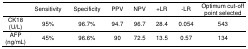
<table><thead><tr><td></td><td><b>Sensitivity</b></td><td><b>Specificity</b></td><td><b>PPV</b></td><td><b>NPV</b></td><td><b>+LR</b></td><td><b>-LR</b></td><td><b>Optimum cut-off point selected</b></td></tr></thead><tbody><tr><td>CK18 (U/L)</td><td>95%</td><td>96.7%</td><td>94.7</td><td>96.7</td><td>28.4</td><td>0.054</td><td>543</td></tr><tr><td>AFP (ng/mL)</td><td>45%</td><td>96.6%</td><td>90</td><td>72.5</td><td>13.5</td><td>0.57</td><td>134</td></tr></tbody></table>